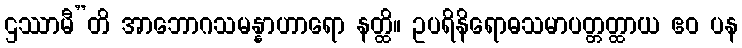
ဌဿာမီ”တိ အာဘောဂသမန္နာဟာရော နတ္ထိ။ ဥပရိနိရောဓသမာပတ္တတ္ထာယ ဧဝ ပန